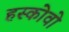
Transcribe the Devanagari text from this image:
हस्कोवो